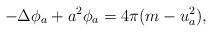
LaTeX: \begin{align*}- \Delta \phi_{a} + a^{2} \phi_{a} = 4 \pi ( m - u_{a}^{2} ),\end{align*}